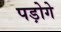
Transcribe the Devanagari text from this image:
पड़ोगे